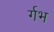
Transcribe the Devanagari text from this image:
र्गभ